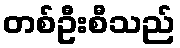
တစ်ဦးစီသည်